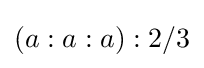
\left(a:a:a\right):2/3